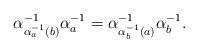
LaTeX: \begin{align*}\alpha^{-1}_{\alpha^{-1}_a(b)}\alpha^{-1}_a=\alpha^{-1}_{\alpha^{-1}_b(a)}\alpha^{-1}_b.\end{align*}